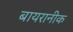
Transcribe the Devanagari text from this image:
बायरानीक